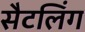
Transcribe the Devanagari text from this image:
सैटलिंग